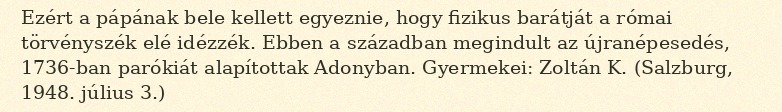
Ezért a pápának bele kellett egyeznie, hogy fizikus barátját a római törvényszék elé idézzék. Ebben a században megindult az újranépesedés, 1736-ban parókiát alapítottak Adonyban. Gyermekei: Zoltán K. (Salzburg, 1948. július 3.)